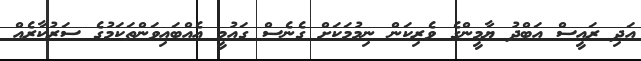
އަދި ރައީސް އަބްދު ޔާމީންގެ ވެރިކަން ނިމުމަކަށް ގެނެސް ގައުމީ އެއްބައިވަންތަކަމުގެ ސަރުކާރެއް